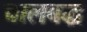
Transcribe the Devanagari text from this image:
चालबद्ध